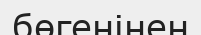
бөгенінен